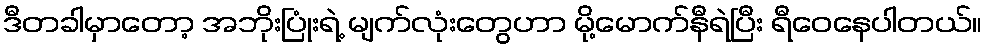
ဒီတခါမှာတော့ အဘိုးပြုံးရဲ့ မျက်လုံးတွေဟာ မို့မောက်နီရဲပြီး ရီဝေနေပါတယ်။